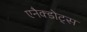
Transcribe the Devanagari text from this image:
एनैक्डोट्स